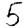
Digit: 5